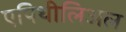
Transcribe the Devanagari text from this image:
एपिथीलिअल